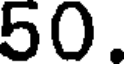
50.